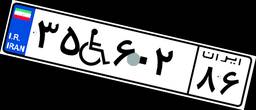
۳۵W۶۰۲۸۶